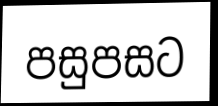
පසුපසට